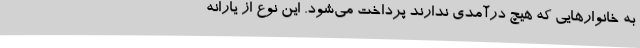
به خانوارهایی که هیچ درآمدی ندارند پرداخت می‌شود. این نوع از یارانه